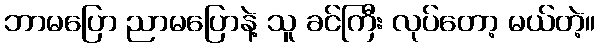
ဘာမပြော ညာမပြောနဲ့ သူ ခင်ကြီး လုပ်တော့ မယ်တဲ့။